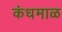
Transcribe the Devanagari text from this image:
कंधमाळ